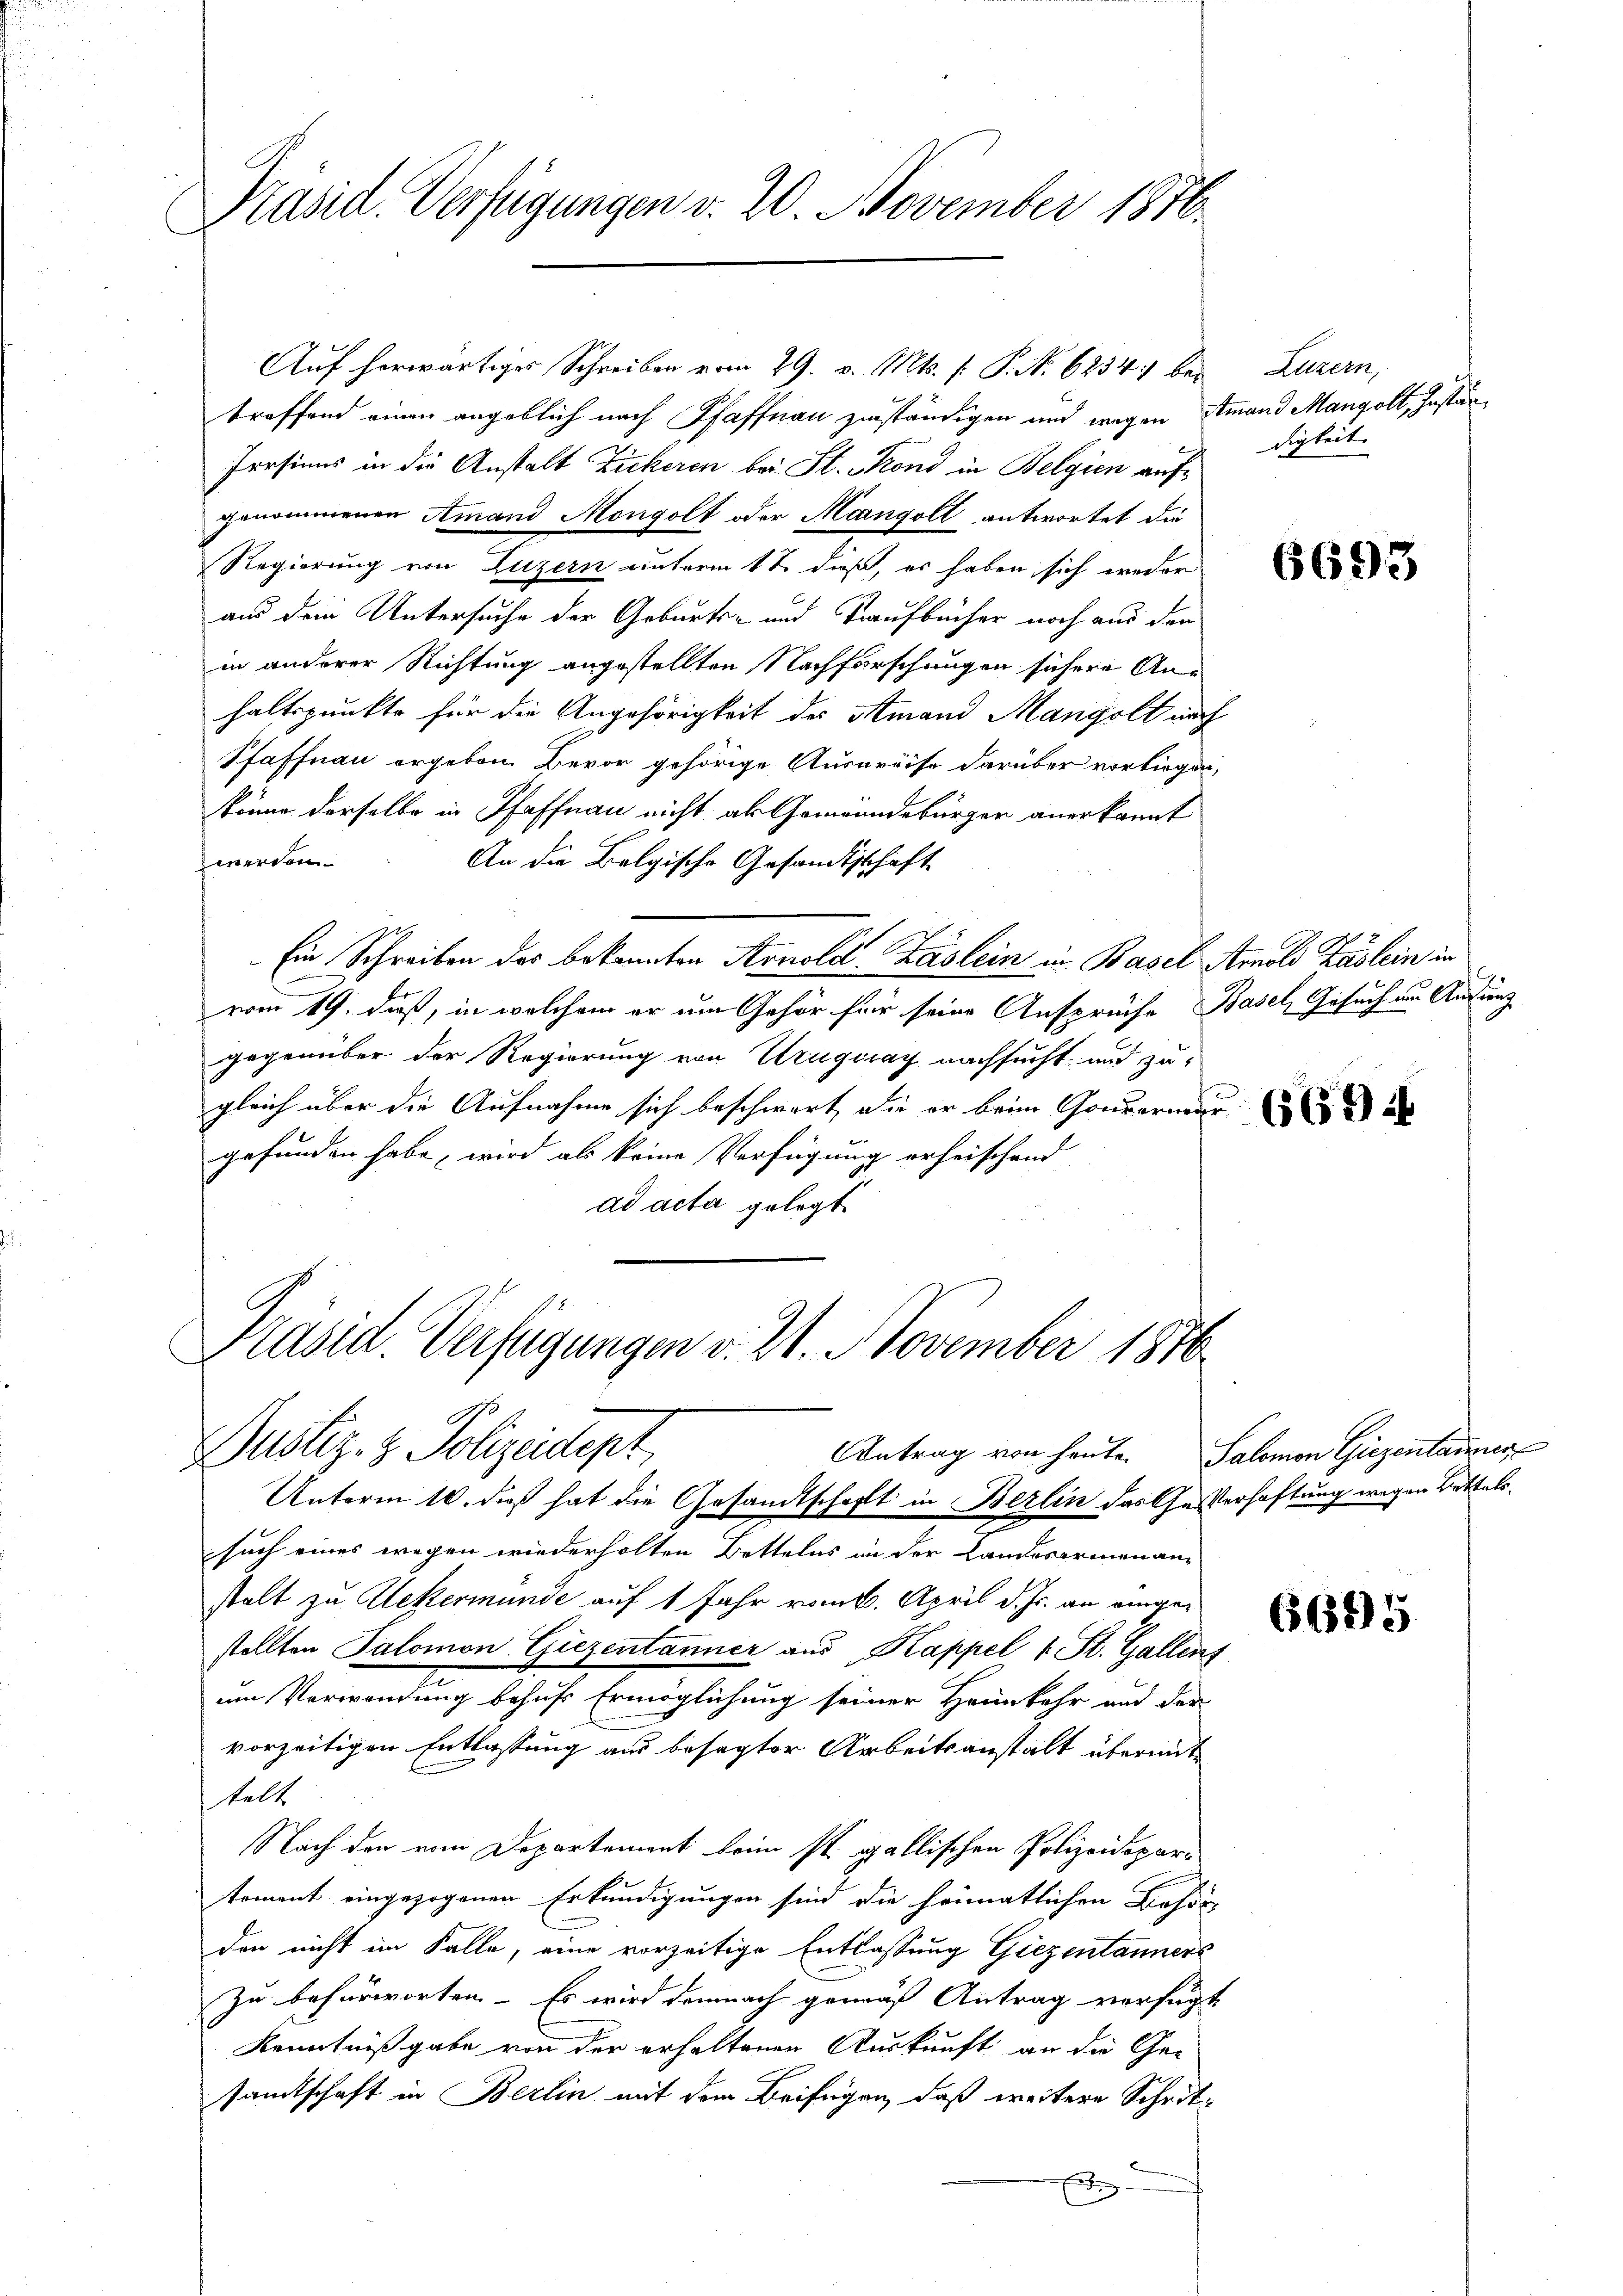
Präsid. Verfügungen v. 20. November 1870

Auf herwärtiges Schreiben vom 29. v. Mts. f. P. N. 6234. bei Luzern,
troffend einen angeblich nach Pfaffnau zuständigen und wegen Amand Mangolt, Zustän¬
Persinns in die Anstalt Zuckeren bei St. Fond in Belgien aufgenommenen Amand Mongolt oder Mangolt antwortet die
Regierung von Luzern unterm 1t daß, es haben sich weder
aus dem Untersuche der Geburts- und Taufbücher noch aus den
in anderer Richtung angestellten Nachforschungen sichere Anhaltspunkte für die Angehörigkeit des Amand Mangolt nach
Pfaffnau ergeben Bevor gehörige Auspreise darüber vorliegen,
könne derselbe in Pfaffnau nicht als Gemeindebürger anerkannt
werden.
An die Belgische Gesandtschaft
Ein Schreiben des bekannten Arnold Kaslein in Basel Arnold Baslein in
vom 19. dieß, in welchem er um Gehör für seine Ansprüche Basel, Gesuch am Andenz
gegenüber der Regierung von Uruguay nachsucht, und zu-
gleich über die Aufnahme sich beschwert, die er beim Gouvermar
gefunden habe, wird als keine Verfügung erheischend
ad acta gelegt

Präsid. Verfügungen v. 21. November 1876
Dustiz- & Polizeidept
Antrag von heute. Salomon Giezentanner

digkeit

Unterm 10. daß hat die Gesandtschaft in Berlin das Geserhaftung wegen Bettelssuch eines wegen wiederholten Bettelns in der Landesarmenanstalt zu Uekermünde auf 1 Jahr vom 6. April d. Js. an eingestellten Palomon Giezentanner aus Kappel 1 St. Gallens
um Verwendung behufs Ermöglichung seiner Heimkehr und der
vorzeitigen Entlassung aus besagter Arbeitsanstalt übermittelt
Nach den vom Departement beim st. gallischen Polizeidepartoment eingezogenen Erkundigungen sind die heimatlichen Behör-
den nicht im Falle, eine vorzeitige Entlassung Giezentanners
Zu befürworten. Es wird demnach gemäß Antrag verfügt
Kenntnißgabe von der erhaltenen Auskunft an die Ge-
samtschaft in Berlin mit dem Beifügen, daß weitere Schritx
Es

6693

6685